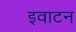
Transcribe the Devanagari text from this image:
इवाटन